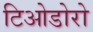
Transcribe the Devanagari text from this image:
टिओडोरो